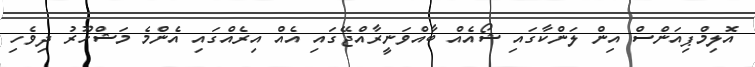
އޮލިމްޕިއަންސް އިން ލަންކާގައި ޝޯއެއް ބާއްވަނީރާއްޖޭގައި އެއް އިރެއްގައި އެންމެ މަޝްހޫރު ދިވެހި